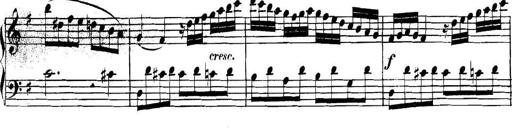
Title: Collected Piano Sonatas
Composer: Muzio Clementi